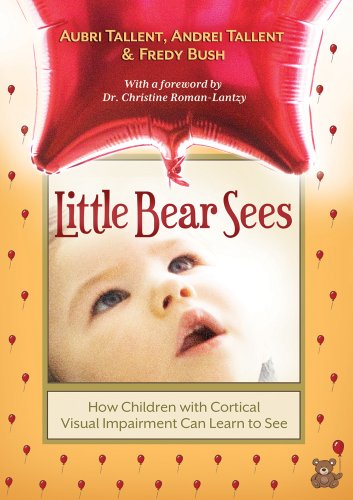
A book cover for Little Bear Sees: How Children with Cortical Visual Impairment Can Learn to See; Aubri Tallent; Health, Fitness & Dieting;